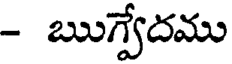
- ఋగ్వేదము